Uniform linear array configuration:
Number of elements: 4
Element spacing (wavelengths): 0.5
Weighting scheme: cosine
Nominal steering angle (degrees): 60
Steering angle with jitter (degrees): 60.374
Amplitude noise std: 0.05
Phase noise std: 0.05

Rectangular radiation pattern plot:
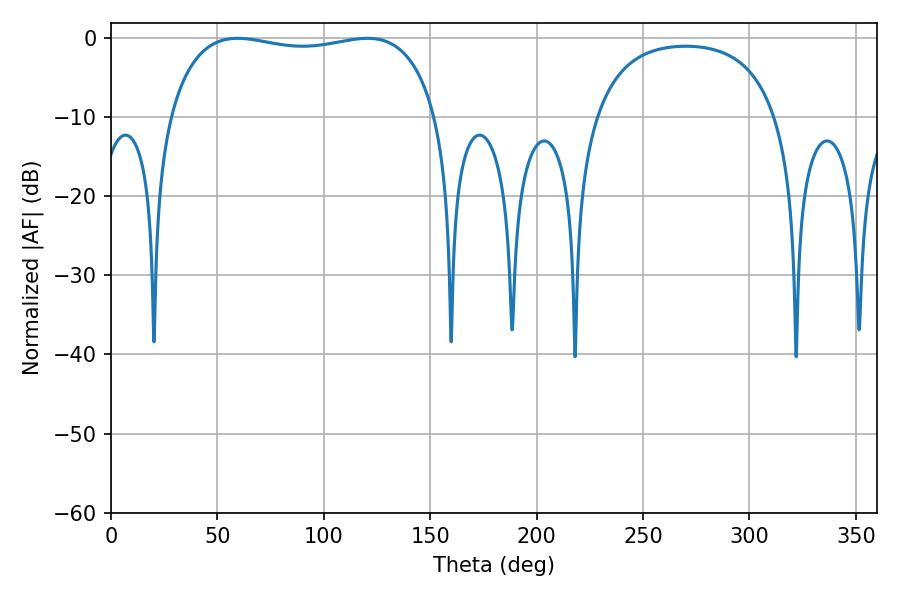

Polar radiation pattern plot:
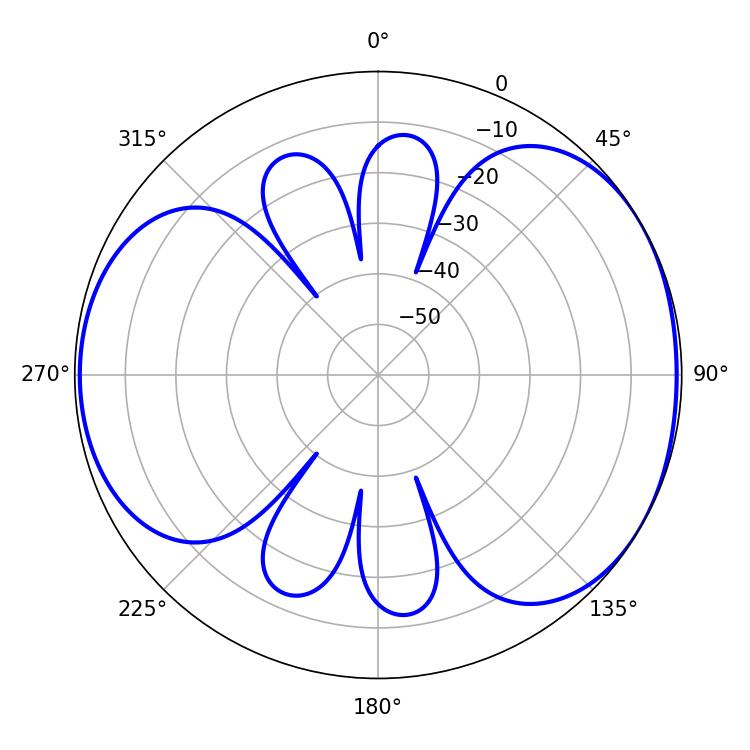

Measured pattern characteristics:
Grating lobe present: FALSE
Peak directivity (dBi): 4.781
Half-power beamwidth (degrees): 101.88
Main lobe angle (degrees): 59.58